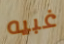
غبيه